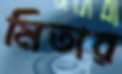
মিতার